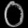
Digit: ၀